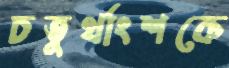
চতুর্থাংশকে